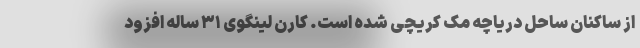
از ساکنان ساحل دریاچه مک کریچی شده است. کارن لینگوی ۳۱ ساله افزود